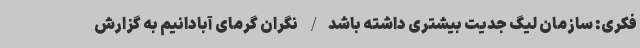
فکری: سازمان لیگ جدیت بیشتری داشته باشد/ نگران گرمای آبادانیم به گزارش